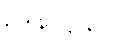
ဥဒါန-ဋ္ဌ-၃၂။